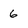
Character: 6